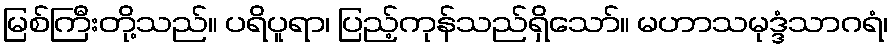
မြစ်ကြီးတို့သည်။ ပရိပူရာ၊ ပြည့်ကုန်သည်ရှိသော်။ မဟာသမုဒ္ဒံသာဂရံ၊